Scientific memoirs by medical officers of the Army of India - Part II,
Year: 1886
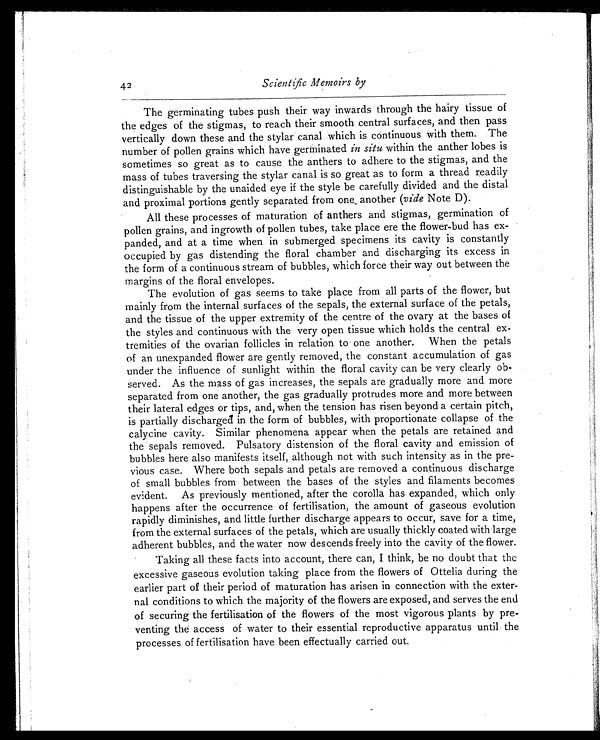
42 Scientific Memoirs by
The germinating tubes push their way inwards through the hairy tissue of
the edges of the stigmas, to reach their smooth central surfaces, and then pass
vertically down these and the stylar canal which is continuous with them. The
number of pollen grains which have germinated in situ within the anther lobes is
sometimes so great as to cause the anthers to adhere to the stigmas, and the
mass of tubes traversing the stylar canal is so great as to form a thread readily
distinguishable by the unaided eye if the style be carefully divided and the distal
and proximal portions gently separated from one another (vide Note D).
All these processes of maturation of anthers and stigmas, germination of
pollen grains, and ingrowth of pollen tubes, take place ere the flower-bud has ex-
panded, and at a time when in submerged specimens its cavity is constantly
occupied by gas distending the floral chamber and discharging its excess in
the form of a continuous stream of bubbles, which force their way out between the
margins of the floral envelopes.
The evolution of gas seems to take place from all parts of the flower, but
mainly from the internal surfaces of the sepals, the external surface of the petals,
and the tissue of the upper extremity of the centre of the ovary at the bases of
the styles and continuous with the very open tissue which holds the central ex-
tremities of the ovarian follicles in relation to one another. When the petals
of an unexpanded flower are gently removed, the constant accumulation of gas
under the influence of sunlight within the floral cavity can be very clearly ob-
served. As the mass of gas increases, the sepals are gradually more and more
separated from one another, the gas gradually protrudes more and more between
their lateral edges or tips, and, when the tension has risen beyond a certain pitch,
is partially discharged in the form of bubbles, with proportionate collapse of the
calycine cavity. Similar phenomena appear when the petals are retained and
the sepals removed. Pulsatory distension of the floral cavity and emission of
bubbles here also manifests itself, although not with such intensity as in the pre-
vious case. Where both sepals and petals are removed a continuous discharge
of small bubbles from between the bases of the styles and filaments becomes
evident. As previously mentioned, after the corolla has expanded, which only
happens after the occurrence of fertilisation, the amount of gaseous evolution
rapidly diminishes, and little further discharge appears to occur, save for a time,
from the external surfaces of the petals, which are usually thickly coated with large
adherent bubbles, and the water now descends freely into the cavity of the flower.
Taking all these facts into account, there can, I think, be no doubt that the
excessive gaseous evolution taking place from the flowers of Ottelia during the
earlier part of their period of maturation has arisen in connection with the exter-
nal conditions to which the majority of the flowers are exposed, and serves the end
of securing the fertilisation of the flowers of the most vigorous plants by pre-
venting the access of water to their essential reproductive apparatus until the
processes of fertilisation have been effectually carried out.